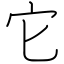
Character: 它